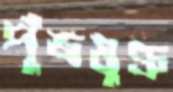
পুঁজযুক্ত